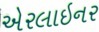
એરલાઇનર